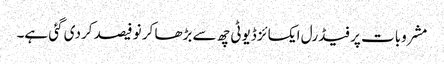
مشروبات پر فیڈرل ایکسائز ڈیوٹی چھ سے بڑھا کر نو فیصد کردی گئی ہے۔